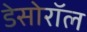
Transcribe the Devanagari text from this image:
डेसोरॉल